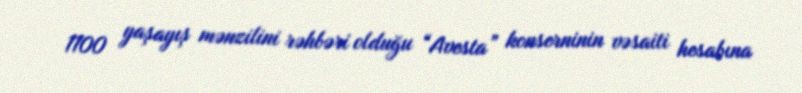
1100 yaşayış mənzilini rəhbəri olduğu “Avesta” konserninin vəsaiti hesabına